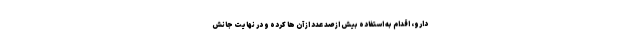
دارو، اقدام به استفاده بیش از صد عدد از آن ها کرده و در نهایت جانش